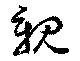
親